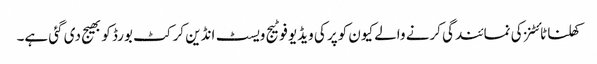
کھلنا ٹائٹنز کی نمائندگی کرنے والے کیون کوپر کی ویڈیو فوٹیج ویسٹ انڈین کرکٹ بورڈ کو بھیج دی گئی ہے۔